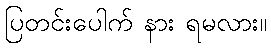
ပြတင်းပေါက် နား ရမလား။